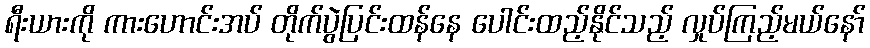
ရီးယားကို ကားဟောင်းအပ် တိုက်ပွဲပြင်းထန်နေ ပေါင်းထည့်နိုင်သည့် လှုပ်ကြည့်မယ်နော်